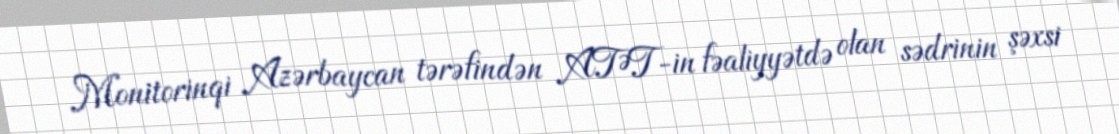
Monitorinqi Azərbaycan tərəfindən ATƏT-in fəaliyyətdə olan sədrinin şəxsi